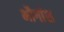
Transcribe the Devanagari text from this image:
भौगांश